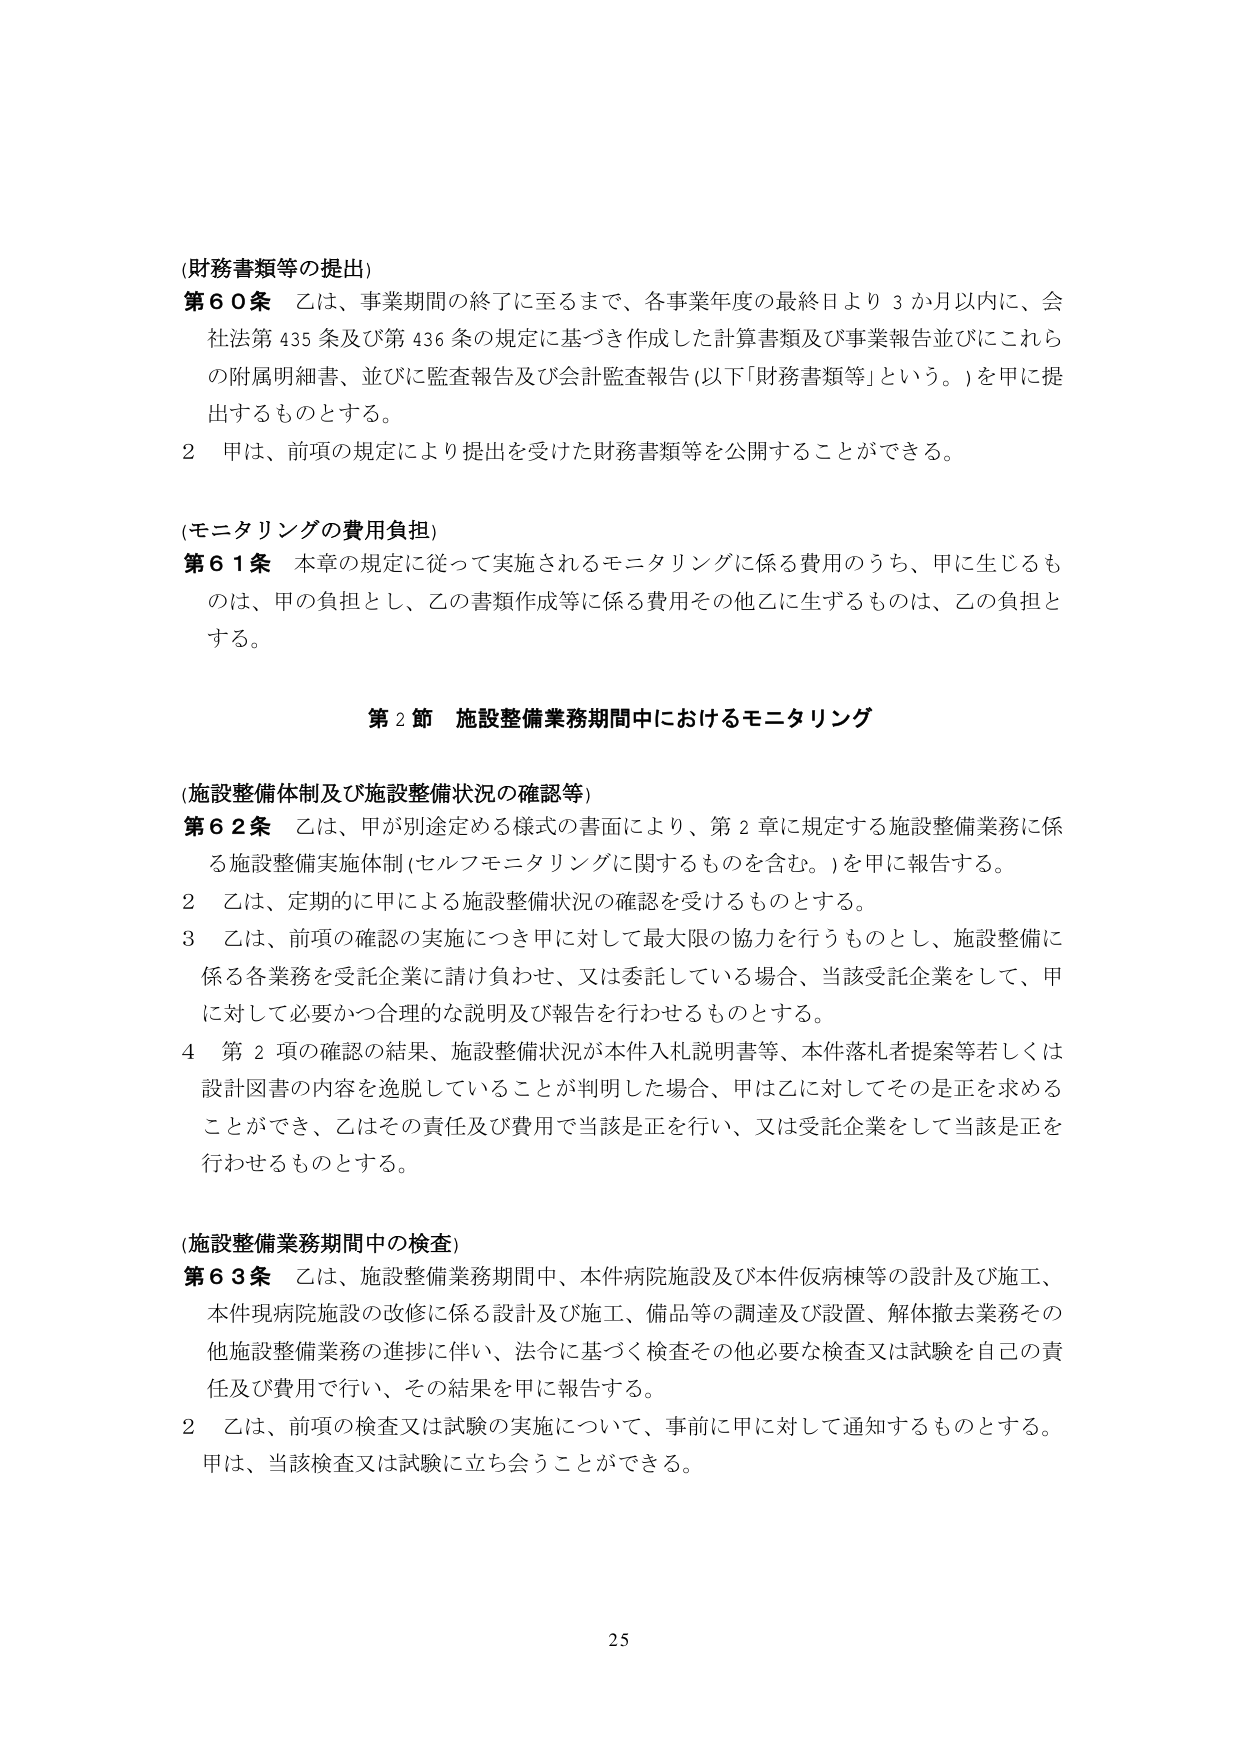
(財務書類等の提出)
第60条 乙は、事業期間の終了に至るまで、各事業年度の最終日より3か月以内に、会社法第435条及び第436条の規定に基づき作成した計算書類及び事業報告並びにこれらの附属明細書、並びに監査報告及び会計監査報告(以下「財務書類等」という。)を甲に提出するものとする。
2 甲は、前項の規定により提出を受けた財務書類等を公開することができる。

(モニタリングの費用負担)
第61条 本章の規定に従って実施されるモニタリングに係る費用のうち、甲に生じるものは、甲の負担とし、乙の書類作成等に係る費用その他乙に生ずるものは、乙の負担とする。

第2節 施設整備業務期間中におけるモニタリング

(施設整備体制及び施設整備状況の確認等)
第62条 乙は、甲が別途定める様式の書面により、第2章に規定する施設整備業務に係る施設整備実施体制(セルフモニタリングに関するものを含む。)を甲に報告する。
2 乙は、定期的に甲による施設整備状況の確認を受けるものとする。
3 乙は、前項の確認の実施につき甲に対して最大限の協力を行うものとし、施設整備に係る各業務を受託企業に請け負わせ、又は委託している場合、当該受託企業をして、甲に対して必要かつ合理的な説明及び報告を行わせるものとする。
4 第2項の確認の結果、施設整備状況が本件入札説明書等、本件落札者提案等若しくは設計図書の内容を逸脱していることが判明した場合、甲は乙に対してその是正を求めることができ、乙はその責任及び費用で当該是正を行い、又は受託企業をして当該是正を行わせるものとする。

(施設整備業務期間中の検査)
第63条 乙は、施設整備業務期間中、本件病院施設及び本件仮病棟等の設計及び施工、本件現病院施設の改修に係る設計及び施工、備品等の調達及び設置、解体撤去業務その他施設整備業務の進捗に伴い、法令に基づく検査その他必要な検査又は試験を自己の責任及び費用で行い、その結果を甲に報告する。
2 乙は、前項の検査又は試験の実施について、事前に甲に対して通知するものとする。甲は、当該検査又は試験に立ち会うことができる。

25